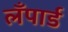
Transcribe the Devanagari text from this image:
लँपार्ड